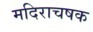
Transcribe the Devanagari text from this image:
मदिराचषक